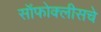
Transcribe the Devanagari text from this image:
सॉफोक्लीसचे